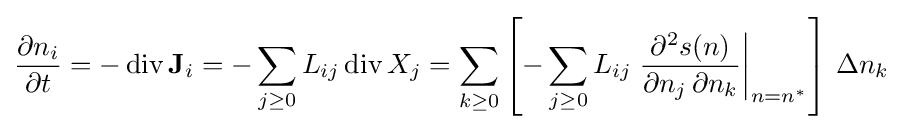
{\frac {\partial n_{i}}{\partial t}}=-\operatorname {div} \mathbf {J} _{i}=-\sum _{j\geq 0}L_{ij}\operatorname {div} X_{j}=\sum _{k\geq 0}\left[-\sum _{j\geq 0}L_{ij}\left.{\frac {\partial ^{2}s(n)}{\partial n_{j}\,\partial n_{k}}}\right|_{n=n^{*}}\right]\,\Delta n_{k}\